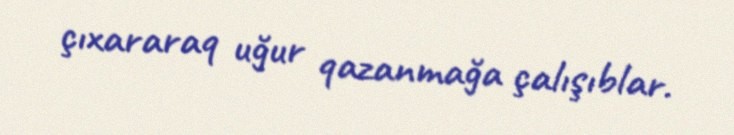
çıxararaq uğur qazanmağa çalışıblar.